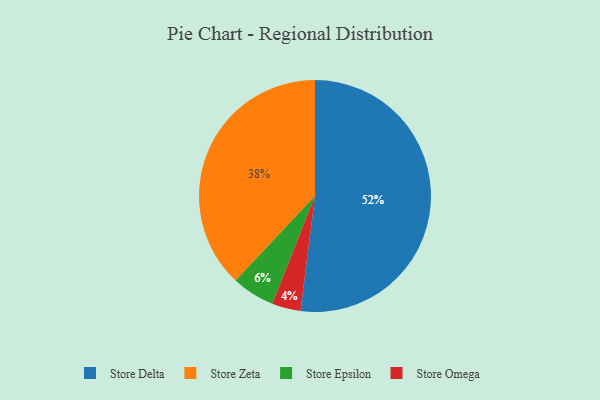
{"axis": {"x": "Category", "y": "Percentage"}, "legend": ["Store Delta", "Store Epsilon", "Store Omega", "Store Zeta"], "data": [{"x": "Store Epsilon", "y": 6, "type": "Store Epsilon"}, {"x": "Store Delta", "y": 52, "type": "Store Delta"}, {"x": "Store Zeta", "y": 38, "type": "Store Zeta"}, {"x": "Store Omega", "y": 4, "type": "Store Omega"}]}